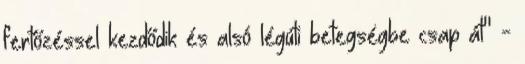
fertőzéssel kezdődik és alsó légúti betegségbe csap át" -